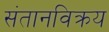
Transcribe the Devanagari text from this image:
संतानविक्रय